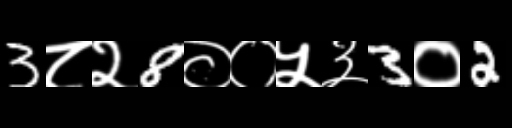
Text: 3८२8००५३3०2